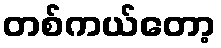
တစ်ကယ်တော့